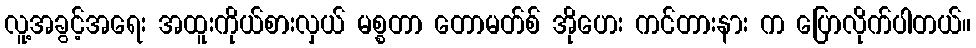
လူ့အခွင့်အရေး အထူးကိုယ်စားလှယ် မစ္စတာ တောမတ်စ် အိုဟေး ကင်တားနား က ပြောလိုက်ပါတယ်။